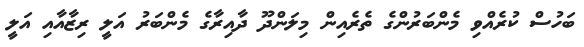
ބަހުސް ކުރެއްވި މެންބަރުންގެ ތެރެއިން މިލަންދޫ ދާއިރާގެ މެންބަރު އަލީ ރިޒާއާއި އަލީ